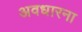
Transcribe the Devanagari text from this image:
अवधारना